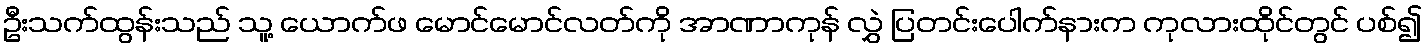
ဦးသက်ထွန်းသည် သူ့ ယောက်ဖ မောင်မောင်လတ်ကို အာဏာကုန် လွှဲ ပြတင်းပေါက်နားက ကုလားထိုင်တွင် ပစ်၍